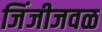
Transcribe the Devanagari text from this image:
जिंजीजवळ